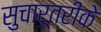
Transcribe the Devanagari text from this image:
सुचारूतरीके